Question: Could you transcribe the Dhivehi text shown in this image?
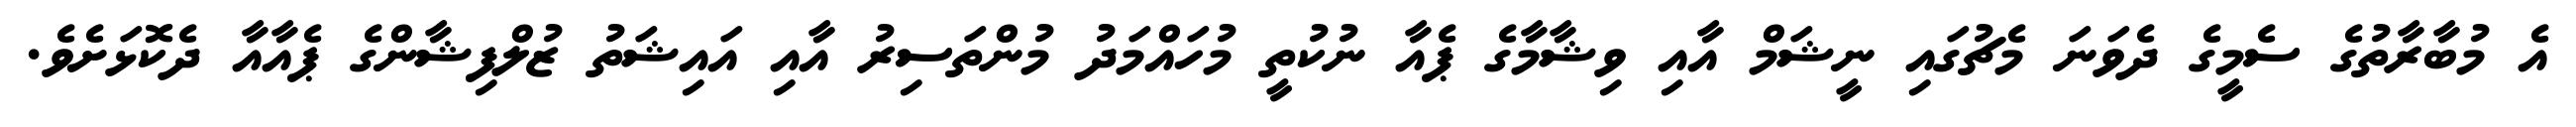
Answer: އެ މުބާރާތުގެ ސެމީގެ ދެވަނަ މެޗުގައި ނީޝަމް އާއި ވިޝާމާގެ ޕެއާ ނުކުތީ މުހައްމަދު މުންތަސިރު އާއި އައިޝަތު ޒުލްފިޝާންގެ ޕެއާއާ ދެކޮޅަށެވެ.